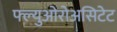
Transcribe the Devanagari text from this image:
फ्ल्युओरोअसिटेट